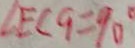
\angle E C G = 9 0 ^ { \circ }